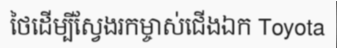
ថៃដើម្បីស្វែងរកម្ចាស់ជើងឯក Toyota